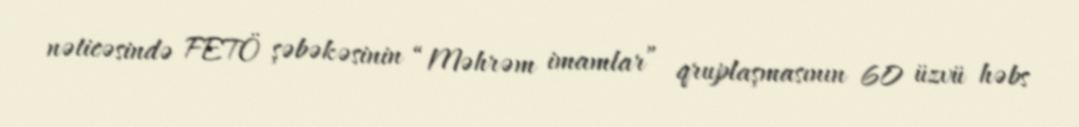
nəticəsində FETÖ şəbəkəsinin “Məhrəm imamlar” qruplaşmasının 60 üzvü həbs